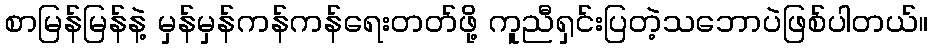
စာမြန်မြန်နဲ့ မှန်မှန်ကန်ကန်ရေးတတ်ဖို့ ကူညီရှင်းပြတဲ့သဘောပဲဖြစ်ပါတယ်။